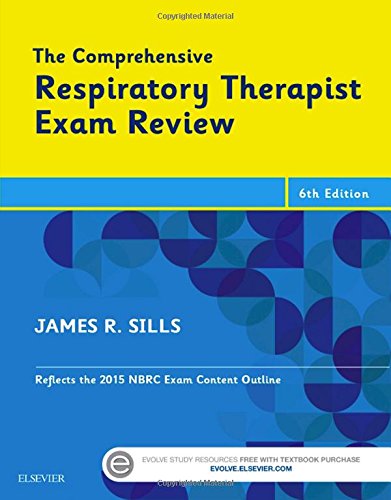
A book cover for The Comprehensive Respiratory Therapist Exam Review, 6e; James R. Sills MEd  CPFT  RRT; Medical Books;